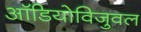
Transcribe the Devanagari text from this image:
ऑडियोविजुवल